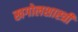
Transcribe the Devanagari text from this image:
खगोलशास्‍त्री